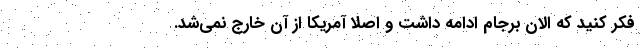
فکر کنید که الان برجام ادامه داشت و اصلا آمریکا از آن خارج نمی‌شد.